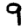
Digit: 9